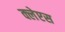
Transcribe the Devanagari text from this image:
क्लेप्टस